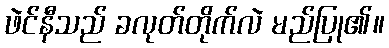
ဖဲင်နီသည် ခလုတ်တိုက်လဲ မည်ပြု၏။